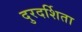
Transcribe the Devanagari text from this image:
दुरदर्शिता